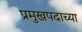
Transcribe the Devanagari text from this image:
प्रमुखपदाच्या